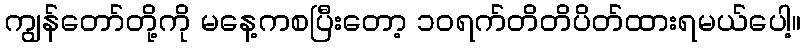
ကျွန်တော်တို့ကို မနေ့ကစပြီးတော့ ၁၀ရက်တိတိပိတ်ထားရမယ်ပေါ့။